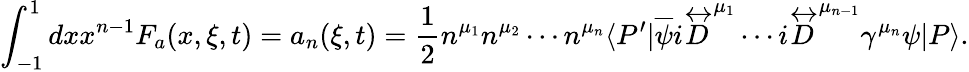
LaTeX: \int_{-1}^{1}dxx^{n-1}F_{a}(x,\xi,t)=a_{n}(\xi,t)={\frac{1}{2}}n^{\mu_{1}}n^{\mu_{2}}\cdots n^{\mu_{n}}\langle P^{\prime}|\overline{{\psi}}i\stackrel{\leftrightarrow}{D}^{\mu_{1}}\cdots i\stackrel{\leftrightarrow}{D}^{\mu_{n-1}}\gamma^{\mu_{n}}\psi|P\rangle.